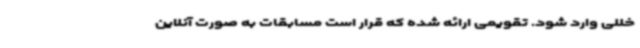
خللی وارد شود. تقویمی ارائه شده که قرار است مسابقات به صورت آنلاین